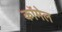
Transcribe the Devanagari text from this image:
कॉमेल